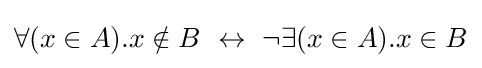
\forall (x\in A).x\notin B\,\,\leftrightarrow \,\,\neg \exists (x\in A).x\in B